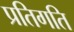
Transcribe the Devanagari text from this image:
प्रतिगति